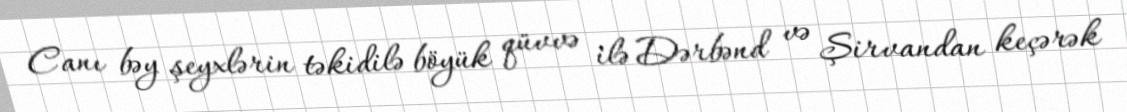
Canı bəy şeyxlərin təkidilə böyük qüvvə ilə Dərbənd və Şirvandan keçərək